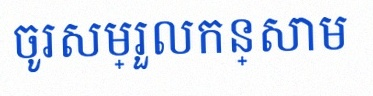
ចូរសម្រួលកន្សោម